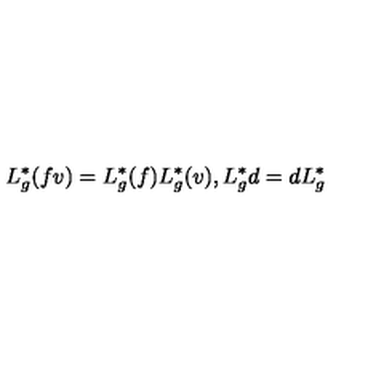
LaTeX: L _ { g } ^ { \ast } ( f v ) = L _ { g } ^ { \ast } ( f ) L _ { g } ^ { \ast } ( v ) , L _ { g } ^ { \ast } d = d L _ { g } ^ { \ast }